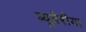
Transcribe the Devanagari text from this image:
ब्‍यूवेरीया